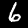
Digit: 6